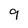
Character: g